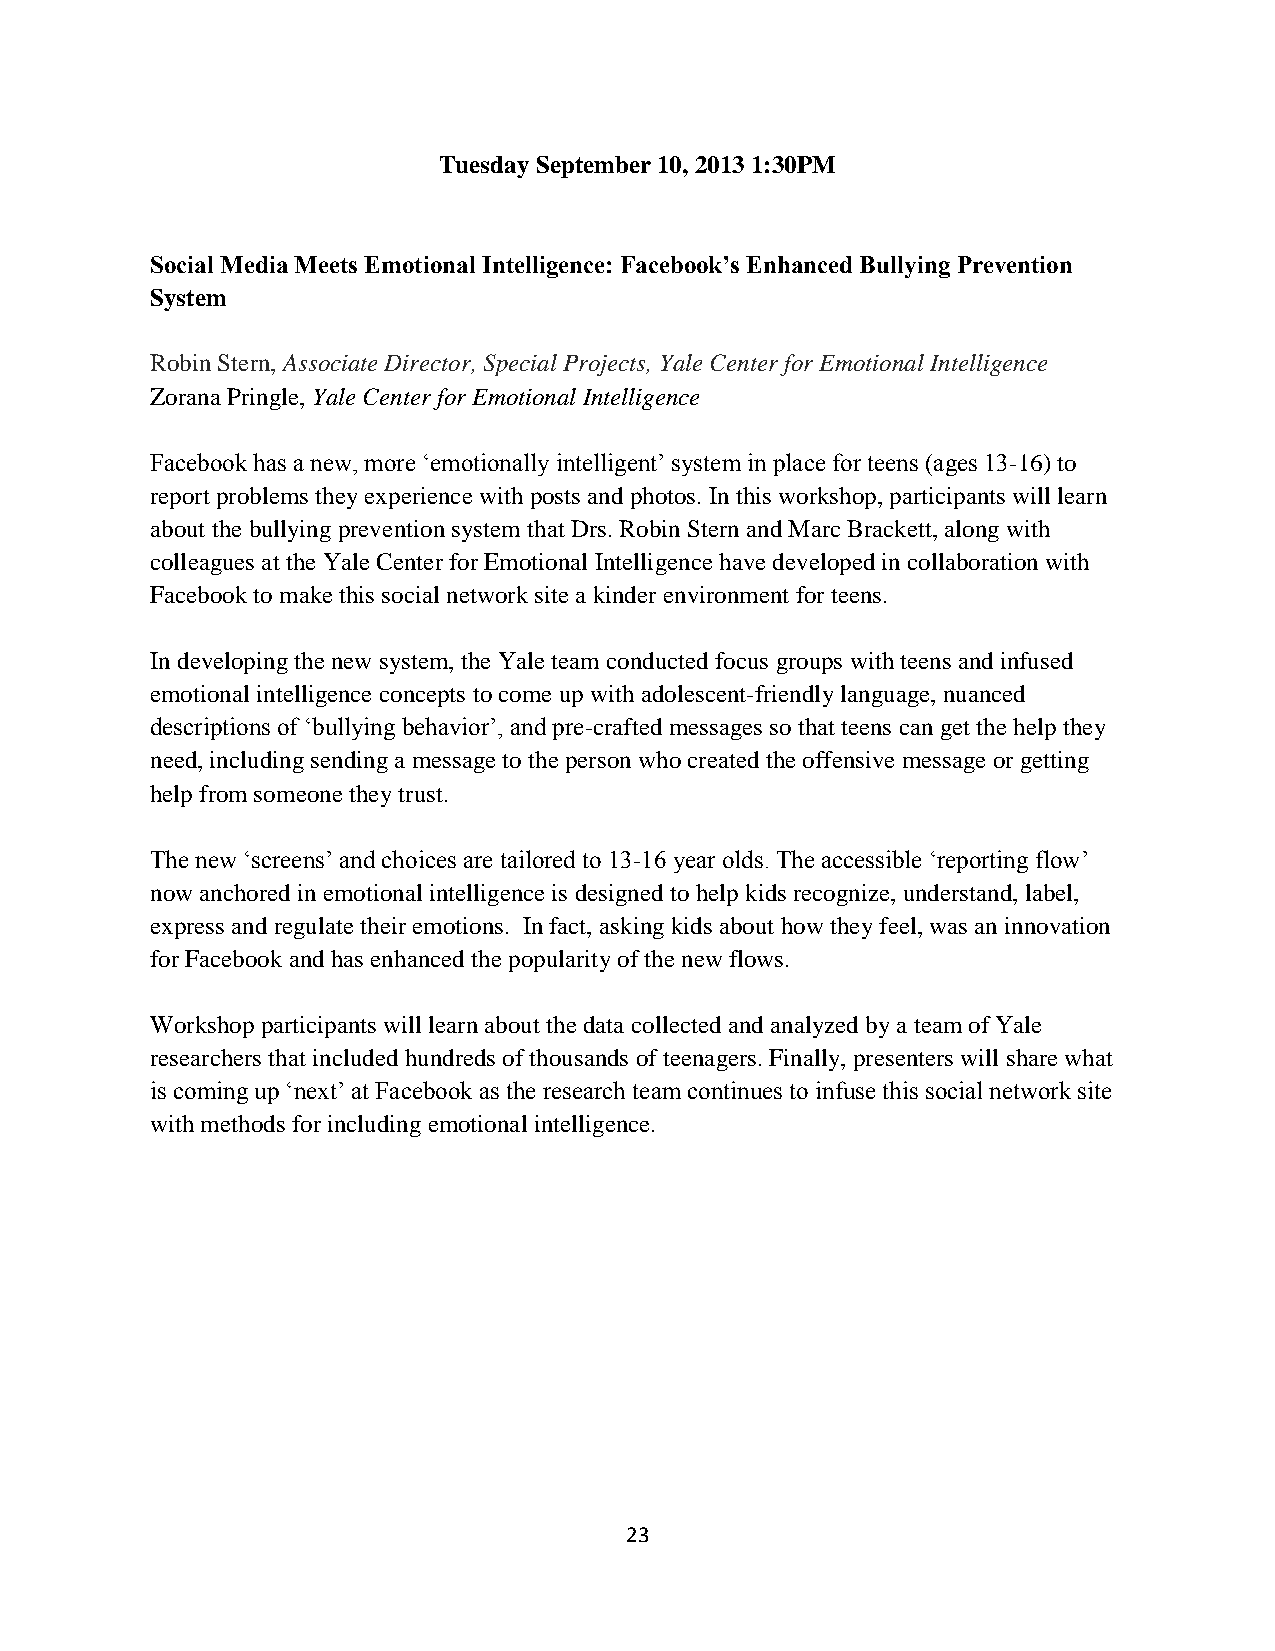
Tuesday September 10, 2013 1:30PM
 Social Media Meets Emotional Intelligence: Facebook’s Enhanced Bullying Prevention
 System
 Robin Stern, Associate Director, Special Projects, Yale Center for Emotional Intelligence
 Zorana Pringle, Yale Center for Emotional Intelligence
 Facebook has a new, more ‘emotionally intelligent’ system in place for teens (ages 13-16) to
 report problems they experience with posts and photos. In this workshop, participants will learn
 about the bullying prevention system that Drs. Robin Stern and Marc Brackett, along with
 colleagues at the Yale Center for Emotional Intelligence have developed in collaboration with
 Facebook to make this social network site a kinder environment for teens.
 In developing the new system, the Yale team conducted focus groups with teens and infused
 emotional intelligence concepts to come up with adolescent-friendly language, nuanced
 descriptions of ‘bullying behavior’, and pre-crafted messages so that teens can get the help they
 need, including sending a message to the person who created the offensive message or getting
 help from someone they trust.
 The new ‘screens’ and choices are tailored to 13-16 year olds. The accessible ‘reporting flow’
 now anchored in emotional intelligence is designed to help kids recognize, understand, label,
 express and regulate their emotions. In fact, asking kids about how they feel, was an innovation
 for Facebook and has enhanced the popularity of the new flows.
 Workshop participants will learn about the data collected and analyzed by a team of Yale
 researchers that included hundreds of thousands of teenagers. Finally, presenters will share what
 is coming up ‘next’ at Facebook as the research team continues to infuse this social network site
 with methods for including emotional intelligence.
 23